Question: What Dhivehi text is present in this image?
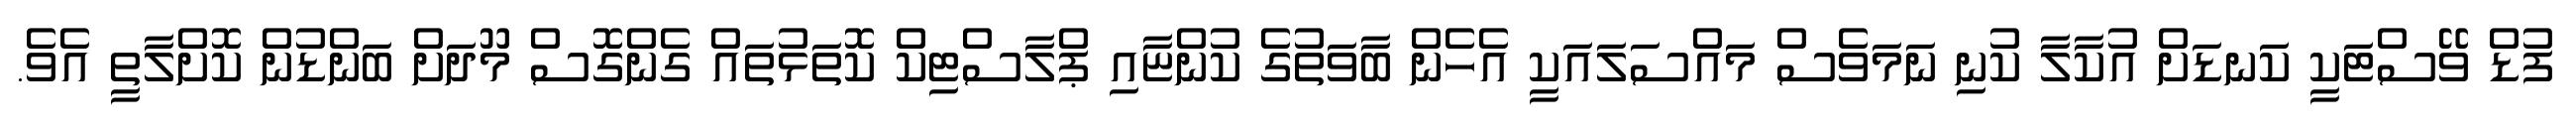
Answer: ފުޑް ވޭސްޓަކީ ކަނޑަށް އުކާލާ ކުނި ނަމަވެސް މައްސަލައަކީ އެހެން ބާވަތުގެ ކުންޏާއި ޕްލާސްޓިކް ކޮތަޅުތައް ގެންގޮސް މޫދަށް ބަންޑުން ކޮށްލާތީ އެވެ.